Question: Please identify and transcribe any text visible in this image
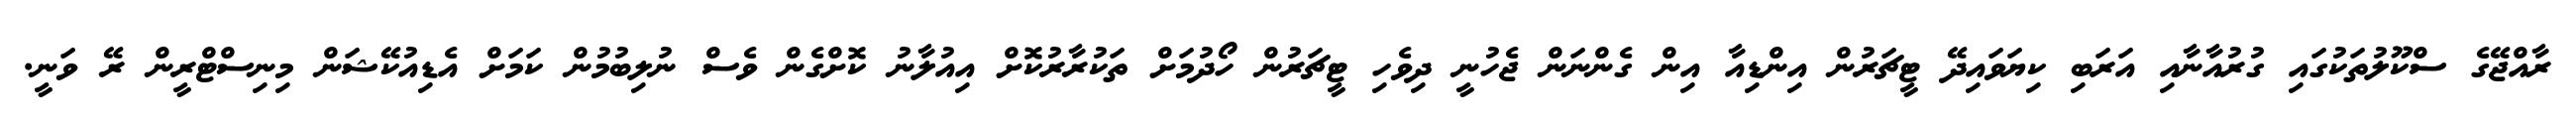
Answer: ރާއްޖޭގެ ސްކޫލުތަކުގައި ގުރުއާނާއި އަރަބި ކިޔަވައިދޭ ޓީޗަރުން އިންޑިއާ އިން ގެންނަން ޖެހުނީ ދިވެހި ޓީޗަރުން ހޯދުމަށް ތަކުރާރުކޮށް އިއުލާނު ކޮށްގެން ވެސް ނުލިބުމުން ކަމަށް އެޑިއުކޭޝަން މިނިސްޓްރީން ރޭ ވަނީ.